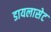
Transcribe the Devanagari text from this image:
डायलासेट